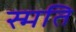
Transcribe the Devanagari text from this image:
स्मति